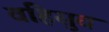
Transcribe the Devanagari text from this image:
वहिसुव